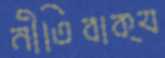
নীতিবাক্য